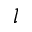
l